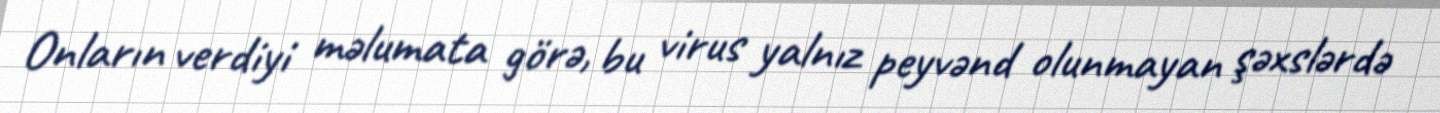
Onların verdiyi məlumata görə, bu virus yalnız peyvənd olunmayan şəxslərdə